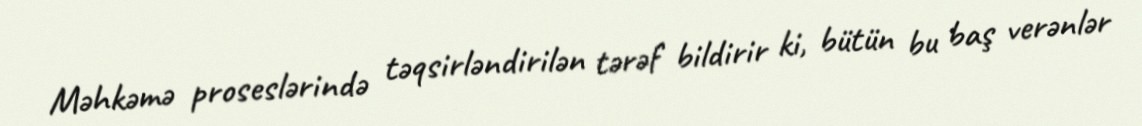
Məhkəmə proseslərində təqsirləndirilən tərəf bildirir ki, bütün bu baş verənlər